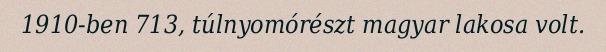
1910-ben 713, túlnyomórészt magyar lakosa volt.